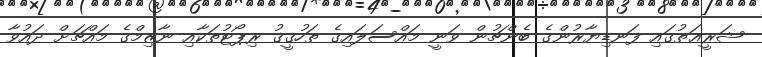
ޝަރީޢަތުގައި ފަނޑިޔާރުންގެ ބެންޗުން ވަނީ މައްސަލައިގެ ތަހުޤީޤު ރިޕޯޓުތަކާއި ނާޒިމްގެ މައްޗަށް ދައުވާ